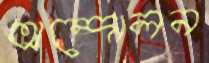
অন্দোলন